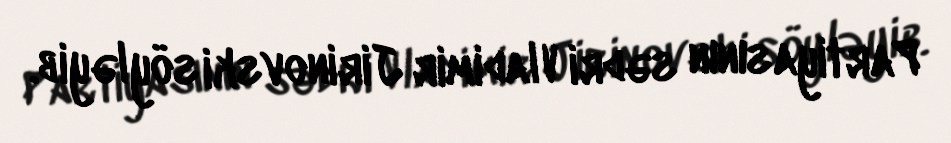
Partiyasının sədri Vladimir Jirinovski söyləyib.